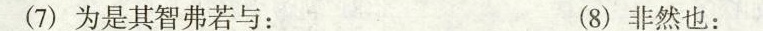
(7)为是其智弗若与： (8)非然也：